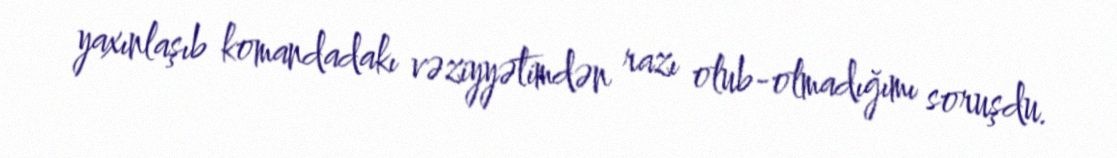
yaxınlaşıb komandadakı vəziyyətimdən razı olub-olmadığımı soruşdu.